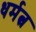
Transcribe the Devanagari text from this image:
धर्मत्व